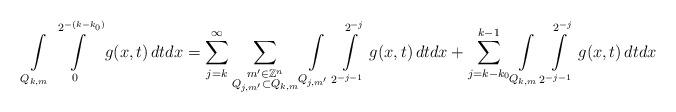
LaTeX: \begin{align*}\int\limits_{Q_{k,m}}\int\limits_{0}^{2^{-(k-k_{0})}}g(x,t)\,dt dx = \sum\limits_{j=k}^{\infty}\sum\limits_{\substack {m' \in \mathbb{Z}^{n}\\ Q_{j,m'} \subset Q_{k,m}}}\int\limits_{Q_{j,m'}}\int\limits_{2^{-j-1}}^{2^{-j}}g(x,t)\,dt dx + \sum\limits_{j=k-k_{0}}^{k-1}\int\limits_{Q_{k,m}}\int\limits_{2^{-j-1}}^{2^{-j}}g(x,t)\,dt dx\end{align*}